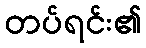
တပ်ရင်း၏